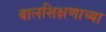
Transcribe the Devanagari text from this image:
बालशिक्षणाच्या